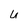
Character: U